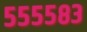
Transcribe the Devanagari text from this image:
५५५५८३